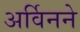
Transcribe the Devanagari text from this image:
अर्विनने